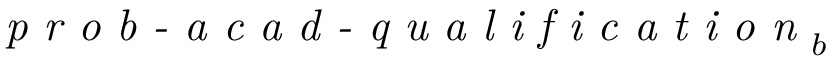
\textit { p r o b - a c a d - q u a l i f i c a t i o n } _ { b }